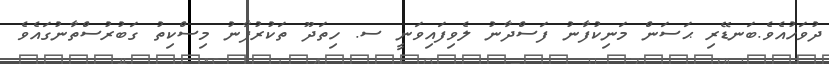
ދުވަހުއެވެ.ބަނޑޭރި ޙަސަން މަނިކުފާނު ފަސްދާނު ލެވިފައިވަނީ ސ. ހިތަދޫ ތަކުރުފާނު މިސްކިތު ގަބުރުސްތާނުގައެވެ